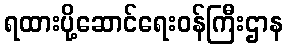
ရထားပို့ဆောင်ရေးဝန်ကြီးဌာန